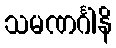
သမဏင်္ဂါနိ